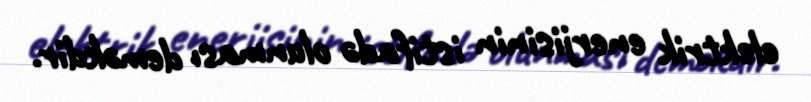
elektrik enerjisinin istifadə olunması deməkdir.